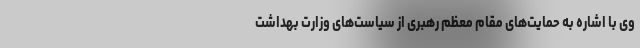
وی با اشاره به حمایت‌های مقام معظم رهبری از سیاست‌های وزارت بهداشت